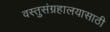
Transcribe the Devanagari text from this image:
वस्तुसंग्रहालयासाठी